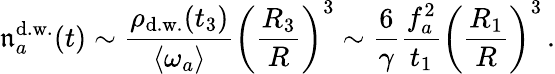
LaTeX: \mathfrak{n}_{a}^{\mathrm{{d.w.}}}(t)\sim\frac{{\rho_{\mathrm{{d.w.}}}(t_{3})}}{{\langle\omega_{a}\rangle}}\left(\frac{{R_{3}}}{{R}}\right)^{3}\sim\frac{{6}}{{\gamma}}\frac{{f_{a}^{2}}}{{t_{1}}}\left(\frac{{R_{1}}}{{R}}\right)^{3}\, .